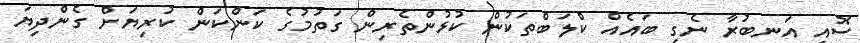
ސޮއި އަނބުރާ ނެގި ބައެއް ކްލަބްތަކުން ކުޅުންތެރިން ގަތުމުގެ ކަންކަން ކުރިޔަށް ގެންދިޔަ